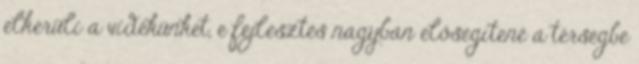
elkerüli a vidékünket, e fejlesztés nagyban elősegítené a térségbe